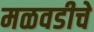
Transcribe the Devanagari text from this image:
मळवडीचे